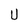
Character: U